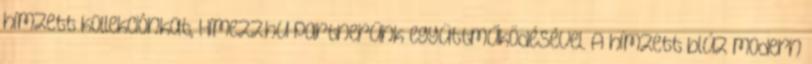
hímzett kollekciónkat, Hímezz.hu partnerünk együttműködésével. A hímzett blúz modern